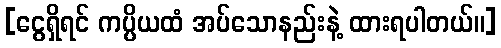
[ငွေရှိရင် ကပ္ပိယထံ အပ်သောနည်းနဲ့ ထားရပါတယ်။]